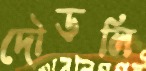
দৌড়লি